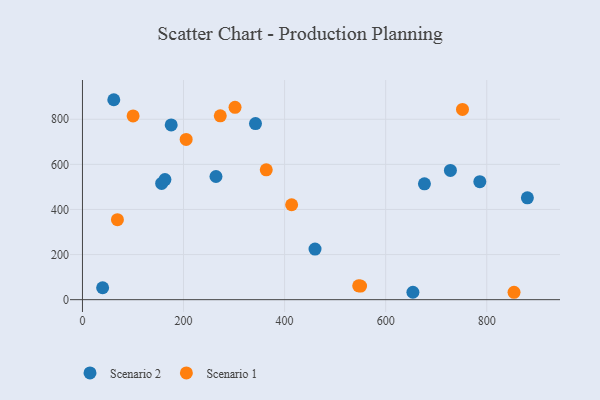
{"axis": {"x": "Experience", "y": "Exam Score"}, "legend": ["Scenario 1", "Scenario 2"], "data": [{"x": "264.2", "y": 546.2, "type": "Scenario 2"}, {"x": "460.2", "y": 224.5, "type": "Scenario 2"}, {"x": "175.6", "y": 774.9, "type": "Scenario 2"}, {"x": "342.4", "y": 780.9, "type": "Scenario 2"}, {"x": "676.7", "y": 513.5, "type": "Scenario 2"}, {"x": "653.9", "y": 32.9, "type": "Scenario 2"}, {"x": "39.9", "y": 52.9, "type": "Scenario 2"}, {"x": "786.3", "y": 523.3, "type": "Scenario 2"}, {"x": "728.1", "y": 573.2, "type": "Scenario 2"}, {"x": "156.7", "y": 515.3, "type": "Scenario 2"}, {"x": "163.2", "y": 532.4, "type": "Scenario 2"}, {"x": "880.4", "y": 451.7, "type": "Scenario 2"}, {"x": "62.0", "y": 886.6, "type": "Scenario 2"}, {"x": "550.3", "y": 60.2, "type": "Scenario 1"}, {"x": "363.7", "y": 575.9, "type": "Scenario 1"}, {"x": "301.9", "y": 852.9, "type": "Scenario 1"}, {"x": "854.0", "y": 32.8, "type": "Scenario 1"}, {"x": "413.9", "y": 420.9, "type": "Scenario 1"}, {"x": "100.2", "y": 814.7, "type": "Scenario 1"}, {"x": "272.7", "y": 815.2, "type": "Scenario 1"}, {"x": "69.2", "y": 354.8, "type": "Scenario 1"}, {"x": "205.2", "y": 710.5, "type": "Scenario 1"}, {"x": "546.6", "y": 61.5, "type": "Scenario 1"}, {"x": "752.0", "y": 843.4, "type": "Scenario 1"}]}